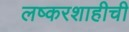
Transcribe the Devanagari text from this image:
लष्करशाहीची